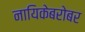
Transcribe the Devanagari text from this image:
नायिकेबरोबर